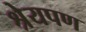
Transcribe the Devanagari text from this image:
श्रेयपण